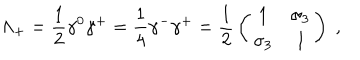
LaTeX: \Lambda _ { + } = { \frac { 1 } { 2 } } \gamma ^ { 0 } \gamma ^ { + } = { \frac { 1 } { 4 } } \gamma ^ { - } \gamma ^ { + } = { \frac { 1 } { 2 } } \left( \begin{array} { c c } { { 1 } } & { { \sigma _ { 3 } } } \\ { { \sigma _ { 3 } } } & { { 1 } } \\ \end{array} \right) \; ,